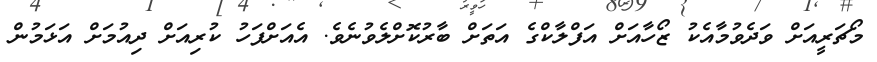
މޯޗަރީއަށް ވަދެވުމާއެކު ޒޯހާއަށް އަފްލާކްގެ އަތަށް ބާރުކޮށްލެވުނެވެ. އެއަށްފަހު ކުރިއަށް ދިއުމަށް އަޅަމުން